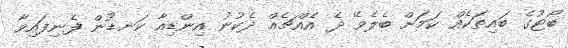
ބޯޓުގެ ބައިތަކެއް ކަމަށް ބެލެވޭ ދެ އެއްޗެއް ދެކުނު އިންޑިއާ ކަނޑުން ފެނިފައިވާ